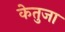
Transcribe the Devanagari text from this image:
केतुजा